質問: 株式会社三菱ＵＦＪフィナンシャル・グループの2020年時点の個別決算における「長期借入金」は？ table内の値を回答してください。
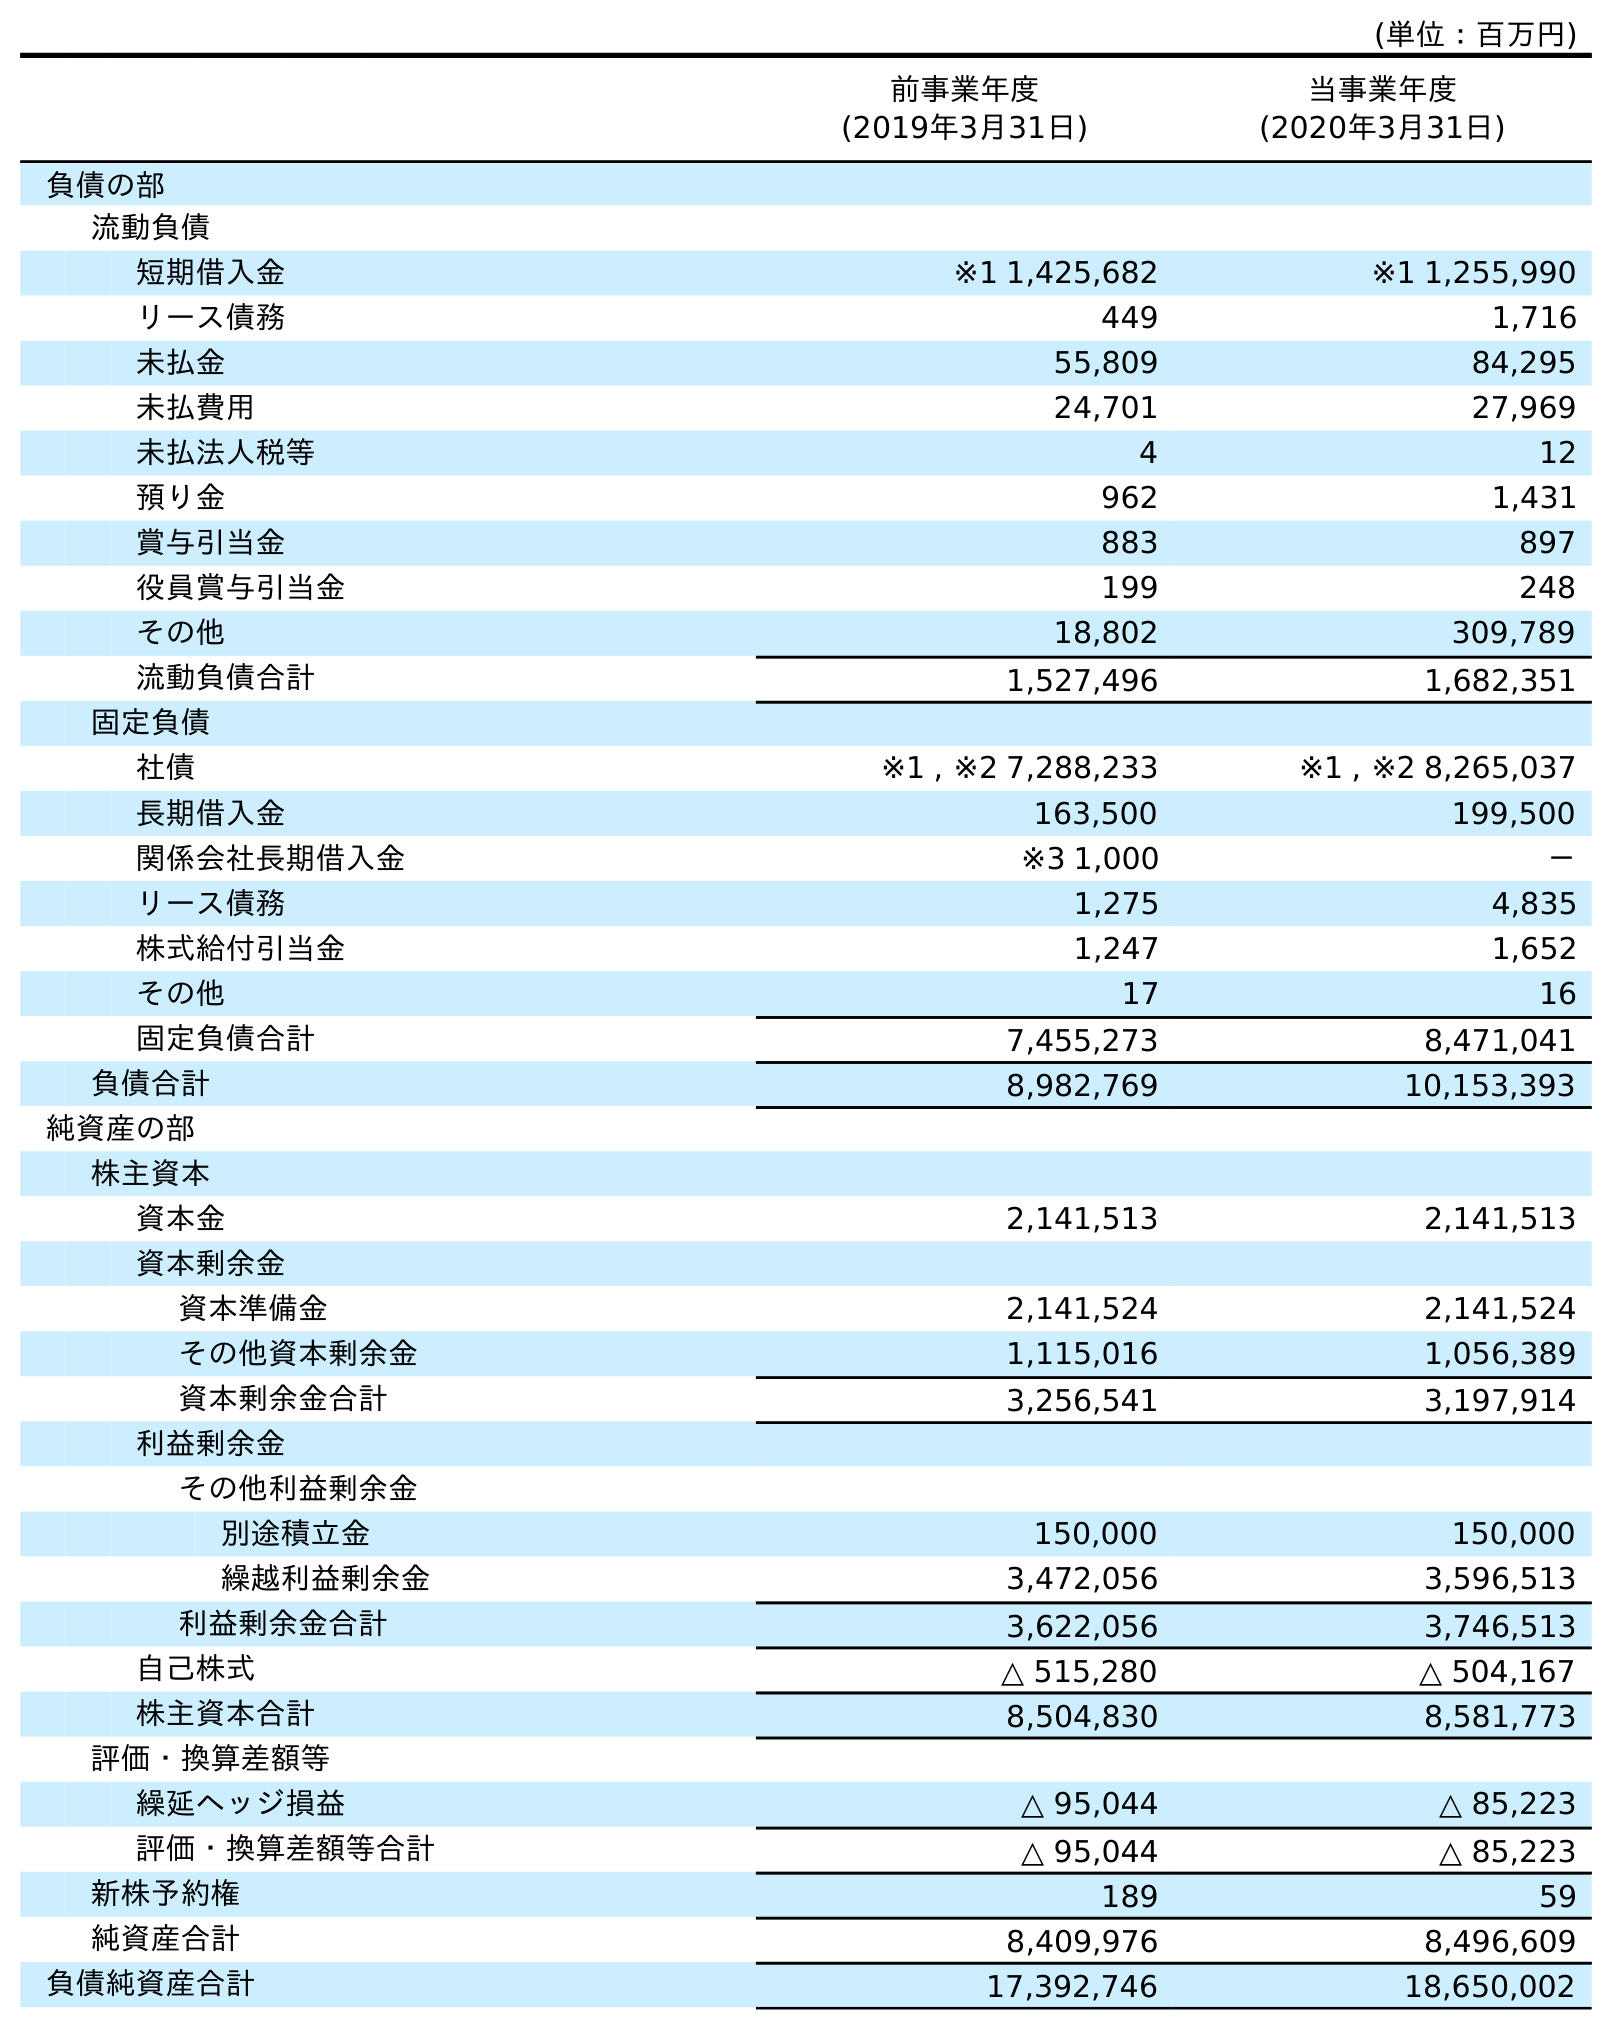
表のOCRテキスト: (単位：百万円) 前事業年度 (2019年3月31日) 当事業年度 (2020年3月31日) 負債の部 流動負債 短期借入金 ※1 1,425,682 ※1 1,255,990 リース債務 449 1,716 未払金 55,809 84,295 未払費用 24,701 27,969 未払法人税等 4 12 預り金 962 1,431 賞与引当金 883 897 役員賞与引当金 199 248 その他 18,802 309,789 流動負債合計 1,527,496 1,682,351 固定負債 社債 ※1 , ※2 7,288,233 ※1 , ※2 8,265,037 長期借入金 163,500 199,500 関係会社長期借入金 ※3 1,000 － リース債務 1,275 4,835 株式給付引当金 1,247 1,652 その他 17 16 固定負債合計 7,455,273 8,471,041 負債合計 8,982,769 10,153,393 純資産の部 株主資本 資本金 2,141,513 2,141,513 資本剰余金 資本準備金 2,141,524 2,141,524 その他資本剰余金 1,115,016 1,056,389 資本剰余金合計 3,256,541 3,197,914 利益剰余金 その他利益剰余金 別途積立金 150,000 150,000 繰越利益剰余金 3,472,056 3,596,513 利益剰余金合計 3,622,056 3,746,513 自己株式 △ 515,280 △ 504,167 株主資本合計 8,504,830 8,581,773 評価・換算差額等 繰延ヘッジ損益 △ 95,044 △ 85,223 評価・換算差額等合計 △ 95,044 △ 85,223 新株予約権 189 59 純資産合計 8,409,976 8,496,609 負債純資産合計 17,392,746 18,650,002
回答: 199,500